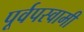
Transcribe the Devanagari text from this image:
पूर्वपस्वामी